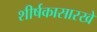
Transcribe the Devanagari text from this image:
शीर्षकासारखे